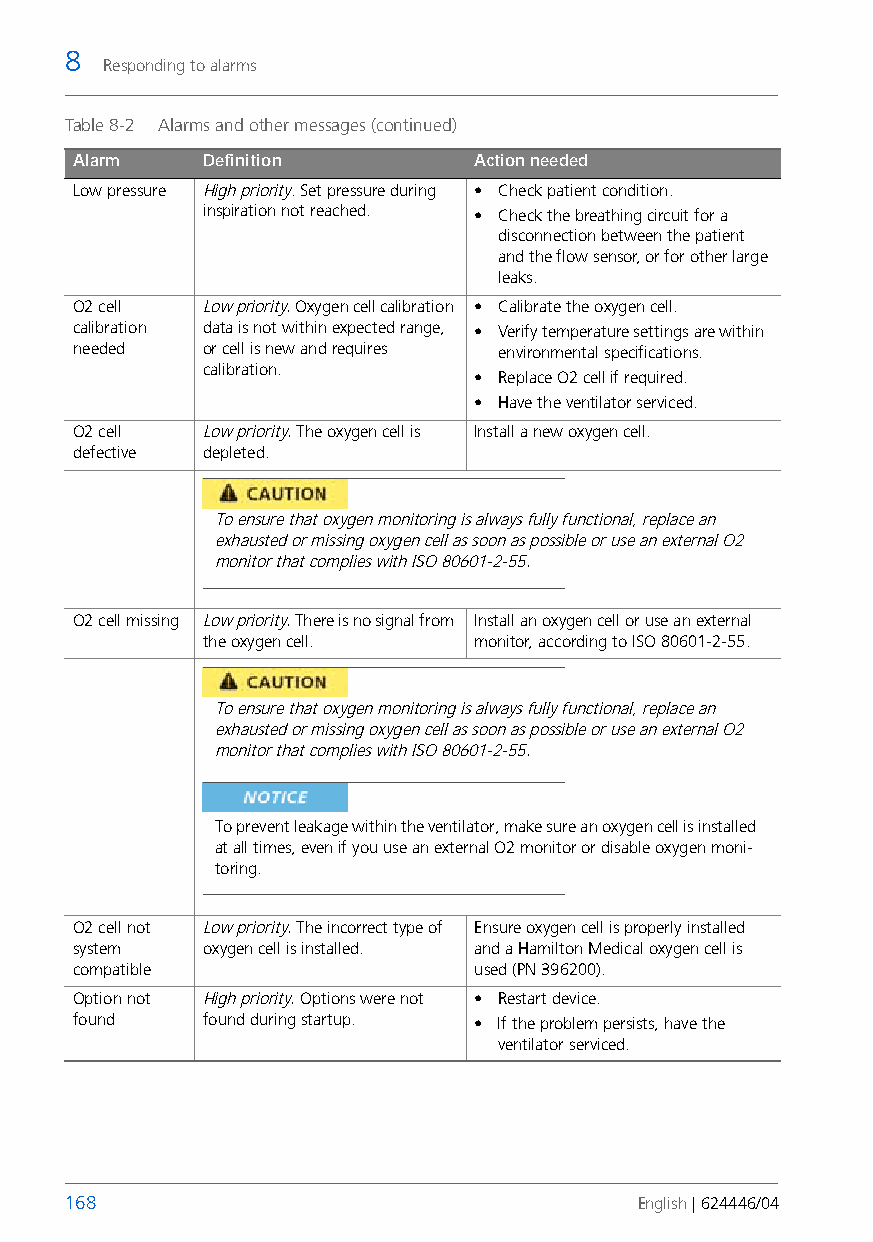
8
 Responding to alarms
 Table 8-2 Alarms and other messages (continued)
 Alarm    Definition        Action needed
 Low pressure High priority. Set pressure during • Check patient condition.
 inspiration not reached. • Check the breathing circuit for a
 disconnection between the patient
 and the flow sensor, or for other large
 leaks.
 O2 cell  Low priority. Oxygen cell calibration • Calibrate the oxygen cell.
 calibration data is not within expected range, • Verify temperature settings are within
 needed   or cell is new and requires environmental specifications.
 calibration.
 • Replace O2 cell if required.
 • Have the ventilator serviced.
 O2 cell  Low priority. The oxygen cell is Install a new oxygen cell.
 defective depleted.
 To ensure that oxygen monitoring is always fully functional, replace an
 exhausted or missing oxygen cell as soon as possible or use an external O2
 monitor that complies with ISO 80601-2-55.
 O2 cell missing Low priority. There is no signal from Install an oxygen cell or use an external
 the oxygen cell.  monitor, according to ISO 80601-2-55.
 To ensure that oxygen monitoring is always fully functional, replace an
 exhausted or missing oxygen cell as soon as possible or use an external O2
 monitor that complies with ISO 80601-2-55.
 To prevent leakage within the ventilator, make sure an oxygen cell is installed
 at all times, even if you use an external O2 monitor or disable oxygen moni-
 toring.
 O2 cell not Low priority. The incorrect type of Ensure oxygen cell is properly installed
 system   oxygen cell is installed. and a Hamilton Medical oxygen cell is
 compatible                 used (PN 396200).
 Option not High priority. Options were not • Restart device.
 found    found during startup. • If the problem persists, have the
 ventilator serviced.
 168                                   English | 624446/04